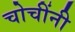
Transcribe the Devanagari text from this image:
चोचींनी